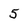
Character: 5